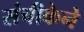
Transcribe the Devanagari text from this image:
संचीकेने